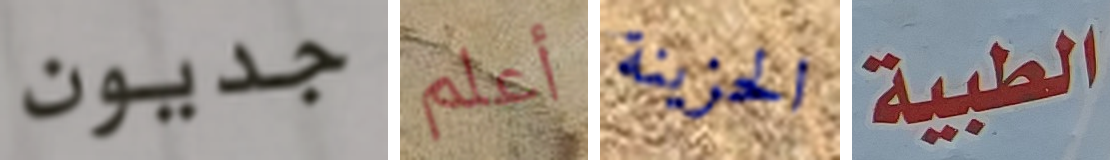
جديون أعلم الحزينة الطبية